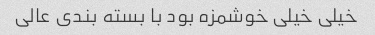
خیلی خیلی خوشمزه بود با بسته بندی عالی